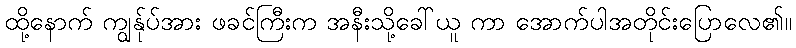
ထို့နောက် ကျွန်ုပ်အား ဖခင်ကြီးက အနီးသို့ခေါ်ယူ ကာ အောက်ပါအတိုင်းပြောလေ၏။